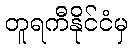
တူရကီနိုင်ငံမှ